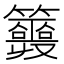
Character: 𥷣